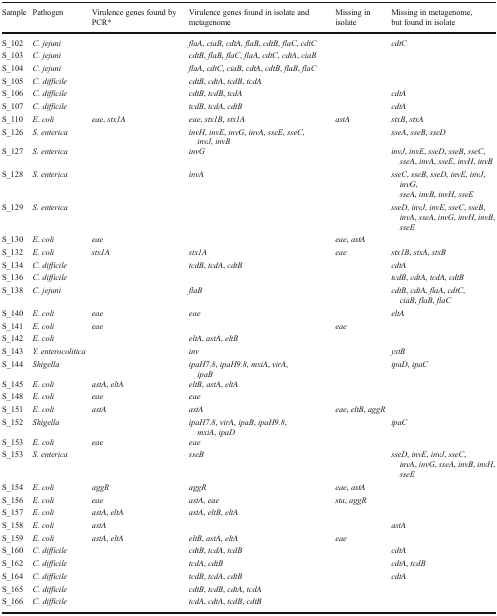
<table><thead><tr><td><b>Sample</b></td><td><b>Pathogen</b></td><td><b>Virulence genes found by PCR*</b></td><td><b>Virulence genes found in isolate and metagenome</b></td><td><b>Missing in isolate</b></td><td><b>Missing in metagenome, but found in isolate</b></td></tr></thead><tbody><tr><td>S_102</td><td><i>C. jejuni</i></td><td></td><td><i>flaA</i>, <i>ciaB</i>, <i>cdtA</i>, <i>flaB</i>, <i>cdtB</i>, <i>flaC</i>, <i>cdtC</i></td><td></td><td><i>cdtC</i></td></tr><tr><td>S_103</td><td><i>C. jejuni</i></td><td></td><td><i>cdtB</i>, <i>flaB</i>, <i>flaC</i>, <i>flaA</i>, <i>cdtC</i>, <i>cdtA</i>, <i>ciaB</i></td><td></td><td></td></tr><tr><td>S_104</td><td><i>C. jejuni</i></td><td></td><td><i>flaA</i>, <i>cdtC</i>, <i>ciaB</i>, <i>cdtA</i>, <i>cdtB</i>, <i>flaB</i>, <i>flaC</i></td><td></td><td></td></tr><tr><td>S_105</td><td><i>C. difficile</i></td><td></td><td><i>cdtB</i>, <i>cdtA</i>, <i>tcdB</i>, <i>tcdA</i></td><td></td><td></td></tr><tr><td>S_106</td><td><i>C. difficile</i></td><td></td><td><i>cdtB</i>, <i>tcdB</i>, <i>tcdA</i></td><td></td><td><i>cdtA</i></td></tr><tr><td>S_107</td><td><i>C. difficile</i></td><td></td><td><i>tcdB</i>, <i>tcdA</i>, <i>cdtB</i></td><td></td><td><i>cdtA</i></td></tr><tr><td>S_110</td><td><i>E. coli</i></td><td><i>eae</i>, <i>stx1A</i></td><td><i>eae</i>, <i>stx1B</i>, <i>stx1A</i></td><td><i>astA</i></td><td><i>stxB</i>, <i>stxA</i></td></tr><tr><td>S_126</td><td><i>S. enterica</i></td><td></td><td><i>invH</i>, <i>invE</i>, <i>invG</i>, <i>invA</i>, <i>sseE</i>, <i>sseC</i>, <i>invJ</i>, <i>invB</i></td><td></td><td><i>sseA</i>, <i>sseB</i>, <i>sseD</i></td></tr><tr><td>S_127</td><td><i>S. enterica</i></td><td></td><td><i>invG</i></td><td></td><td><i>invJ</i>, <i>invE</i>, <i>sseD</i>, <i>sseB</i>, <i>sseC</i>, <i>sseA</i>, <i>invA</i>, <i>sseE</i>, <i>invH</i>, <i>invB</i></td></tr><tr><td>S_128</td><td><i>S. enterica</i></td><td></td><td><i>invA</i></td><td></td><td><i>sseC</i>, <i>sseB</i>, <i>sseD</i>, <i>invE</i>, <i>invJ</i>, <i>invG</i>, <i>sseA</i>, <i>invB</i>, <i>invH</i>, <i>sseE</i></td></tr><tr><td>S_129</td><td><i>S. enterica</i></td><td></td><td></td><td></td><td><i>sseD</i>, <i>invJ</i>, <i>invE</i>, <i>sseC</i>, <i>sseB</i>, <i>invA</i>, <i>sseA</i>, <i>invG</i>, <i>invH</i>, <i>invB</i>, <i>sseE</i></td></tr><tr><td>S_130</td><td><i>E. coli</i></td><td><i>eae</i></td><td></td><td><i>eae</i>, <i>astA</i></td><td></td></tr><tr><td>S_132</td><td><i>E. coli</i></td><td><i>stx1A</i></td><td><i>stx1A</i></td><td><i>eae</i></td><td><i>stx1B</i>, <i>stxA</i>, <i>stxB</i></td></tr><tr><td>S_134</td><td><i>C. difficile</i></td><td></td><td><i>tcdB</i>, <i>tcdA</i>, <i>cdtB</i></td><td></td><td><i>cdtA</i></td></tr><tr><td>S_136</td><td><i>C. difficile</i></td><td></td><td></td><td></td><td><i>tcdB</i>, <i>cdtA</i>, <i>tcdA</i>, <i>cdtB</i></td></tr><tr><td>S_138</td><td><i>C. jejuni</i></td><td></td><td><i>flaB</i></td><td></td><td><i>cdtB</i>, <i>cdtA</i>, <i>flaA</i>, <i>cdtC</i>, <i>ciaB</i>, <i>flaB</i>, <i>flaC</i></td></tr><tr><td>S_140</td><td><i>E. coli</i></td><td><i>eae</i></td><td><i>eae</i></td><td></td><td><i>eltA</i></td></tr><tr><td>S_141</td><td><i>E. coli</i></td><td><i>eae</i></td><td></td><td><i>eae</i></td><td></td></tr><tr><td>S_142</td><td><i>E. coli</i></td><td></td><td><i>eltA</i>, <i>astA</i>, <i>eltB</i></td><td></td><td></td></tr><tr><td>S_143</td><td><i>Y. enterocolitica</i></td><td></td><td><i>inv</i></td><td></td><td><i>ystB</i></td></tr><tr><td>S_144</td><td><i>Shigella</i></td><td></td><td><i>ipaH7.8</i>, <i>ipaH9.8</i>, <i>mxiA</i>, <i>virA</i>, <i>ipaB</i></td><td></td><td><i>ipaD</i>, <i>ipaC</i></td></tr><tr><td>S_145</td><td><i>E. coli</i></td><td><i>astA</i>, <i>eltA</i></td><td><i>eltB</i>, <i>astA</i>, <i>eltA</i></td><td></td><td></td></tr><tr><td>S_148</td><td><i>E. coli</i></td><td><i>eae</i></td><td><i>eae</i></td><td></td><td></td></tr><tr><td>S_151</td><td><i>E. coli</i></td><td><i>astA</i></td><td><i>astA</i></td><td><i>eae</i>, <i>eltB</i>, <i>aggR</i></td><td></td></tr><tr><td>S_152</td><td><i>Shigella</i></td><td></td><td><i>ipaH7.8</i>, <i>virA</i>, <i>ipaB</i>, <i>ipaH9.8</i>, <i>mxiA</i>, <i>ipaD</i></td><td></td><td><i>ipaC</i></td></tr><tr><td>S_153</td><td><i>E. coli</i></td><td><i>eae</i></td><td><i>eae</i></td><td></td><td></td></tr><tr><td>S_153</td><td><i>S. enterica</i></td><td></td><td><i>sseB</i></td><td></td><td><i>sseD</i>, <i>invE</i>, <i>invJ</i>, <i>sseC</i>, <i>invA</i>, <i>invG</i>, <i>sseA</i>, <i>invB</i>, <i>invH</i>, <i>sseE</i></td></tr><tr><td>S_154</td><td><i>E. coli</i></td><td><i>aggR</i></td><td><i>aggR</i></td><td><i>eae</i>, <i>astA</i></td><td></td></tr><tr><td>S_156</td><td><i>E. coli</i></td><td><i>eae</i></td><td><i>astA</i>, <i>eae</i></td><td><i>sta</i>, <i>aggR</i></td><td></td></tr><tr><td>S_157</td><td><i>E. coli</i></td><td><i>astA</i>, <i>eltA</i></td><td><i>astA</i>, <i>eltB</i>, <i>eltA</i></td><td></td><td></td></tr><tr><td>S_158</td><td><i>E. coli</i></td><td><i>astA</i></td><td></td><td></td><td><i>astA</i></td></tr><tr><td>S_159</td><td><i>E. coli</i></td><td><i>astA</i>, <i>eltA</i></td><td><i>eltB</i>, <i>astA</i>, <i>eltA</i></td><td><i>eae</i></td><td></td></tr><tr><td>S_160</td><td><i>C. difficile</i></td><td></td><td><i>cdtB</i>, <i>tcdA</i>, <i>tcdB</i></td><td></td><td><i>cdtA</i></td></tr><tr><td>S_162</td><td><i>C. difficile</i></td><td></td><td><i>tcdA</i>, <i>cdtB</i></td><td></td><td><i>cdtA</i>, <i>tcdB</i></td></tr><tr><td>S_164</td><td><i>C. difficile</i></td><td></td><td><i>tcdB</i>, <i>tcdA</i>, <i>cdtB</i></td><td></td><td><i>cdtA</i></td></tr><tr><td>S_165</td><td><i>C. difficile</i></td><td></td><td><i>cdtB</i>, <i>tcdB</i>, <i>cdtA</i>, <i>tcdA</i></td><td></td><td></td></tr><tr><td>S_166</td><td><i>C. difficile</i></td><td></td><td><i>tcdA</i>, <i>cdtA</i>, <i>tcdB</i>, <i>cdtB</i></td><td></td><td></td></tr></tbody></table>